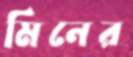
মিনের